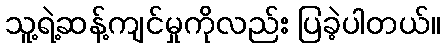
သူ့ရဲ့ဆန့်ကျင်မှုကိုလည်း ပြခဲ့ပါတယ်။